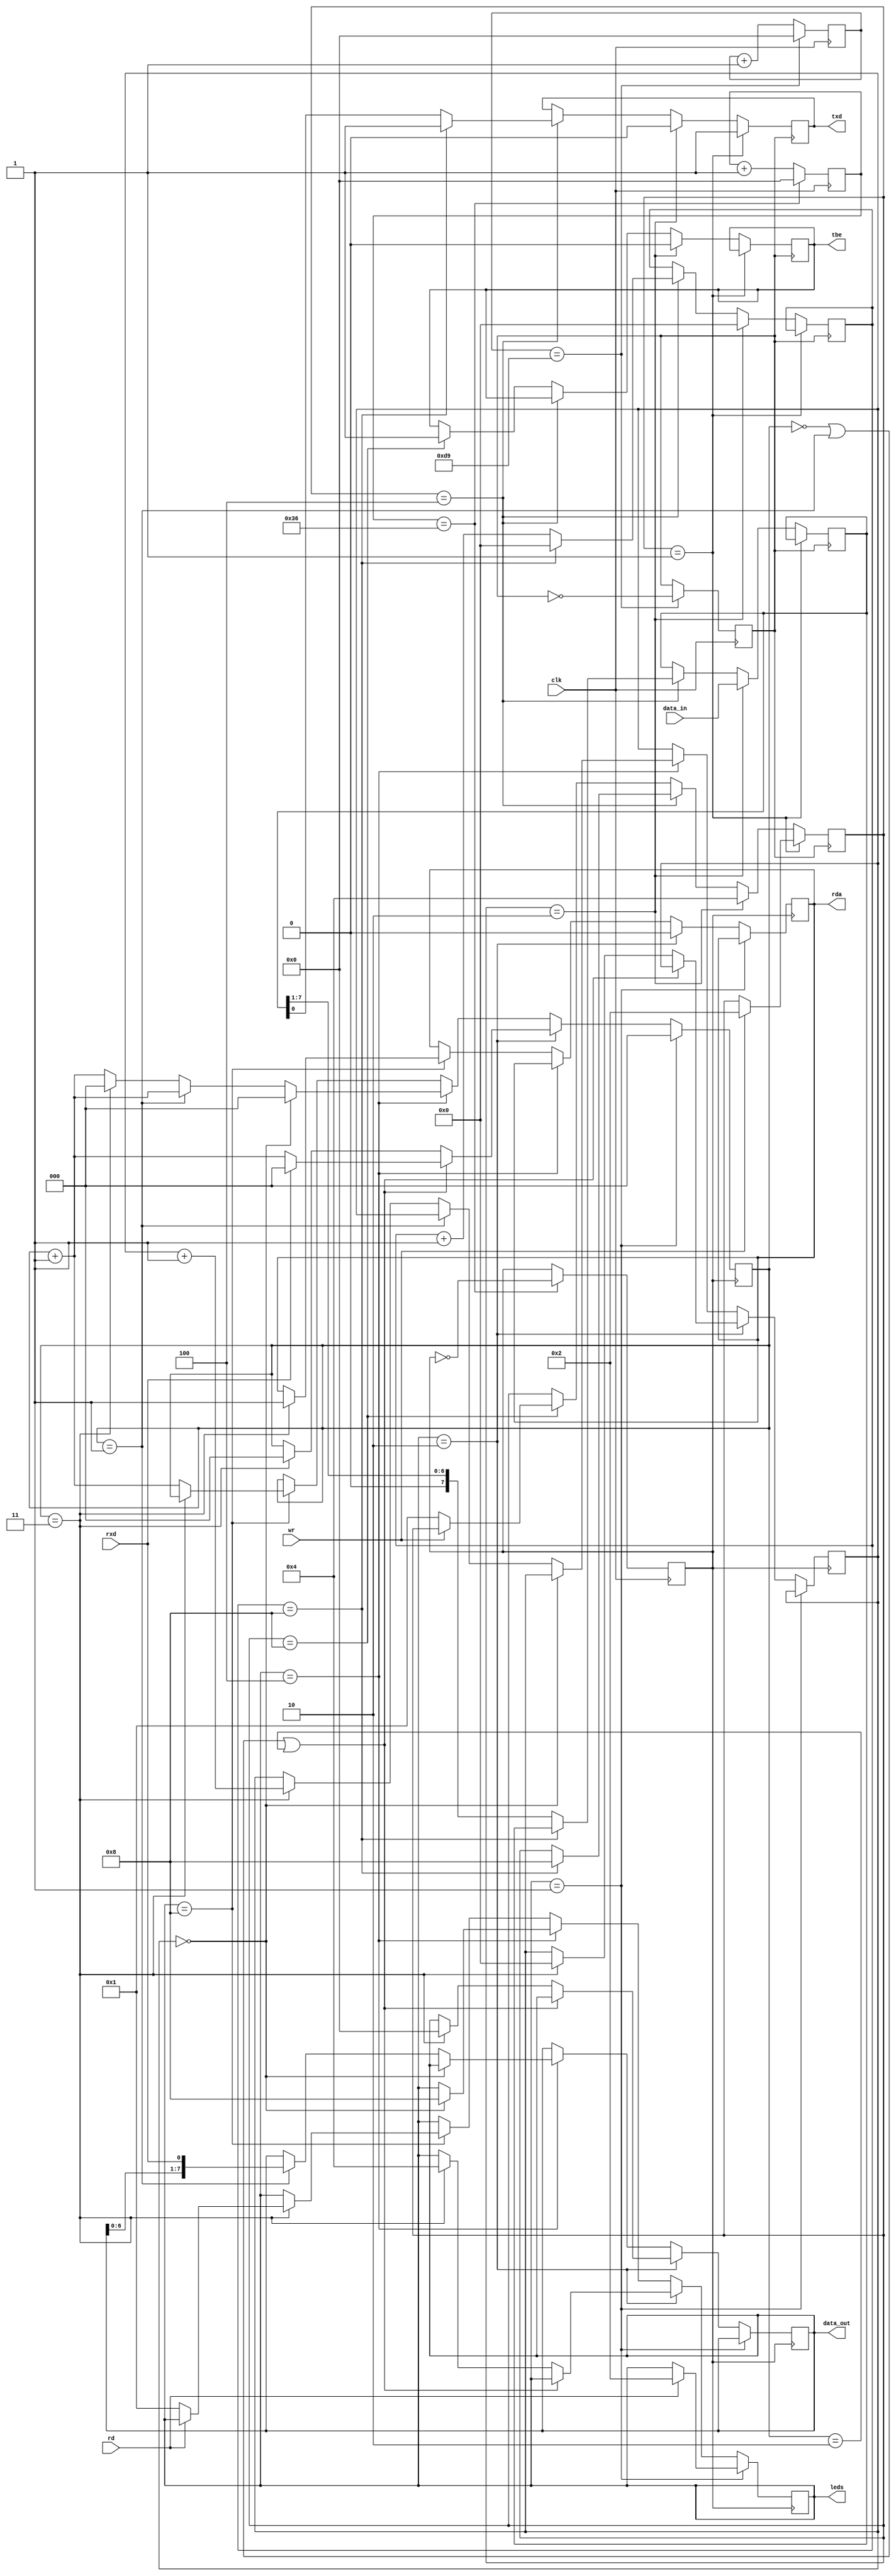
module uart
(
	input                clk,
	input                rxd,
	output reg           txd,
	input        [7:0]   data_in,
	output       [7:0]   data_out,
	input                rd,
	input                wr,
	output reg           rda,
	output reg           tbe,
	output       [3:0]   leds
);

// States
parameter IDLE=4'b0001, START=4'b0010, DATA=4'b0100, END=4'b1000;
reg [3:0] tx_sm;
reg [3:0] rx_sm;

// 50Mhz / 115200 / 2
// One bit can be transmitted at every rising edge
parameter txdivisor = 8'd217;

// 50Mhz / 115200 / 8
// One bit is read at 2nd cycle of every 4th
parameter rxdivisor = 8'd54;

reg    [7:0]  txcounter;
reg    [7:0]  txdata;
reg           txclk;
reg    [3:0]  txbit;
reg    [2:0]  idle_cycle;

reg    [7:0]  rxcounter;
reg    [7:0]  rxdata;
reg    [2:0]  rxclkcnt;
reg           rxclk;
reg    [3:0]  rxbit;

initial begin
	txcounter = 8'd0;
	rxcounter = 8'd0;
	txclk = 1'b0;
	rxclk = 1'b0;
	rxclkcnt = 3'd0;
	txd = 1'b1;
	tx_sm = IDLE;
	rx_sm = IDLE;
	idle_cycle = 3'd0;
	tbe = 1'b1;
end

assign data_out = rxdata;

assign leds[3:0] = rx_sm[3:0];

// TX related routines

always @(posedge clk) begin
	if (txcounter == txdivisor) begin
		txcounter <= 8'd0;
		txclk <= ~txclk;
	end else
		txcounter <= txcounter + 8'd1;
end

always @(posedge txclk) begin
	if (tx_sm == IDLE) begin
		txd <= 1'b1;
		if (wr == 1'b1)
			tx_sm <= START;
	end else if (tx_sm == START) begin
		// Send start bit
		tbe <= 1'b0;
		txd <= 1'b0;
		txbit <= 4'd0;
		txdata <= data_in;
		tx_sm <= DATA;
	end else if (tx_sm == DATA) begin
		if (txbit == 4'd8) begin
			// Send stop bit
			txbit <= 4'd0;
			txd <= 1'b1;
			tx_sm <= END;
		end else begin
			txd <= txdata[0];
			txdata <= { 1'b0, txdata[7:1] };
			txbit <= txbit + 4'd1;
		end
	end else if (tx_sm == END) begin
		tbe <= 1'b1;
		if (wr == 1'b0)
			tx_sm <= IDLE;
	end
end

// RX related routines

always @(posedge clk) begin
	if (rxcounter == rxdivisor) begin
		rxcounter <= 8'd0;
		rxclk <= ~rxclk;
	end else
		rxcounter <= rxcounter + 8'd1;
end

always @(posedge rxclk) begin
	if (rx_sm == IDLE) begin
		rxclkcnt <= 3'd0;
		if (rd == 1'b1)
			rx_sm <= START;
	end else if (rx_sm == START) begin
		rda <= 1'b0;
		// a valid start bit must be low for at least 3 rx clock cycles
		if (rxclkcnt == 3'd0 || rxclkcnt == 3'd1 || rxclkcnt == 3'd2) begin
			if (rxd == 1'b0)
				rxclkcnt <= rxclkcnt + 3'd1;
			else
				rxclkcnt <= 3'd0;
		end else if (rxclkcnt == 3'd3) begin
			rxclkcnt <= 3'd0;
			rxbit <= 4'd0;
			rxdata <= 8'd0;
			rx_sm <= DATA;
		end
	end else if (rx_sm == DATA) begin
		if (rxbit == 3'd8) begin
			rxclkcnt <= 3'd0;
			rx_sm <= END;
		end else if (rxclkcnt == 3'd1) begin
			rxdata <= { rxdata[6:0], rxd };
			rxclkcnt <= rxclkcnt + 3'd1;
		end else if (rxclkcnt == 3'd3) begin
			rxclkcnt <= 3'd0;
			rxbit <= rxbit + 3'd1;
		end else
			rxclkcnt <= rxclkcnt + 3'd1;
	end else if (rx_sm == END) begin
		// Finish with receipt of stop bit
		if (rxclkcnt == 3'd3) begin
			rda <= 1'b1;
			if (rd == 1'b0)
				rx_sm <= IDLE;
		end else
			rxclkcnt <= rxclkcnt + 3'd1;
	end
end

endmodule